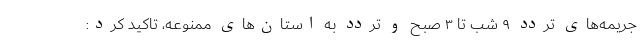
جریمه‌های تردد ۹ شب تا ۳ صبح و تردد به استان‌های ممنوعه، تاکید کرد: